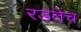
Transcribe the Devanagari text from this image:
रडतेच